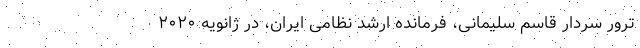
ترور سردار قاسم سلیمانی، فرمانده ارشد نظامی ایران، در ژانویه ۲۰۲۰